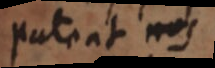
pateat nos